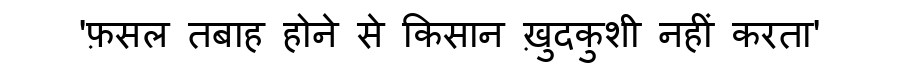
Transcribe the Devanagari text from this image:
'फ़सल तबाह होने से किसान ख़ुदकुशी नहीं करता'